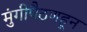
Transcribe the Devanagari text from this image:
मुंगीपैठणहून